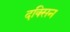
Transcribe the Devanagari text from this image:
दक्सिन